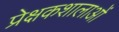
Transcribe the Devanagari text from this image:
प्रेक्षकशालाओं